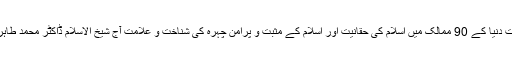
پاکستان سمیت دنیا کے 90 ممالک میں اسلام کی حقانیت اور اسلام کے مثبت و پرامن چہرہ کی شناخت و علامت آج شیخ الاسلام ڈاکٹر محمد طاہرالقادری ہیں۔